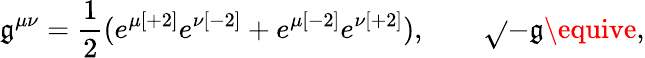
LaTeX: \mathfrak{g}^{\mu\nu}={\frac{{1}}{{2}}}(e^{\mu{[+2]}}e^{\nu{[-2]}}+e^{\mu{[-2]}}e^{\nu{[+2]}}),\qquad\sqrt{}{{-\mathfrak{g}}}\equive,